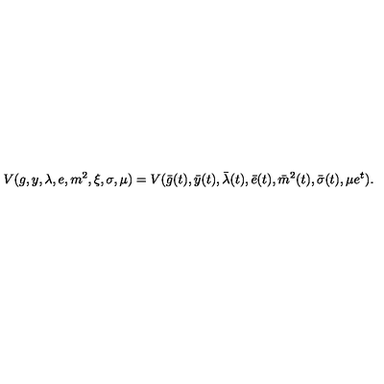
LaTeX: V ( g , y , \lambda , e , m ^ { 2 } , \xi , \sigma , \mu ) = V ( \bar { g } ( t ) , \bar { y } ( t ) , \bar { \lambda } ( t ) , \bar { e } ( t ) , \bar { m } ^ { 2 } ( t ) , \bar { \sigma } ( t ) , \mu e ^ { t } ) .